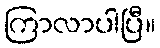
ကြာလာပါပြီ။